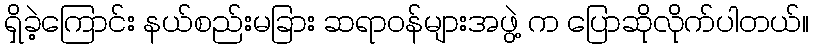
ရှိခဲ့ကြောင်း နယ်စည်းမခြား ဆရာဝန်များအဖွဲ့ က ပြောဆိုလိုက်ပါတယ်။